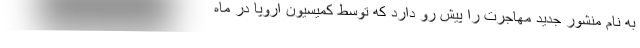
به نام منشور جدید مهاجرت را پیش رو دارد که توسط کمیسیون اروپا در ماه